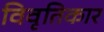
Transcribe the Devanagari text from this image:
विवृतिकार